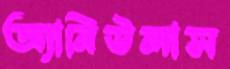
অ্যানিউলাস